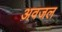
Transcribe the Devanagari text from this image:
अवजल